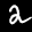
Label: 2